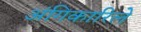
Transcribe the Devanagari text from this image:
अंगिकारिले